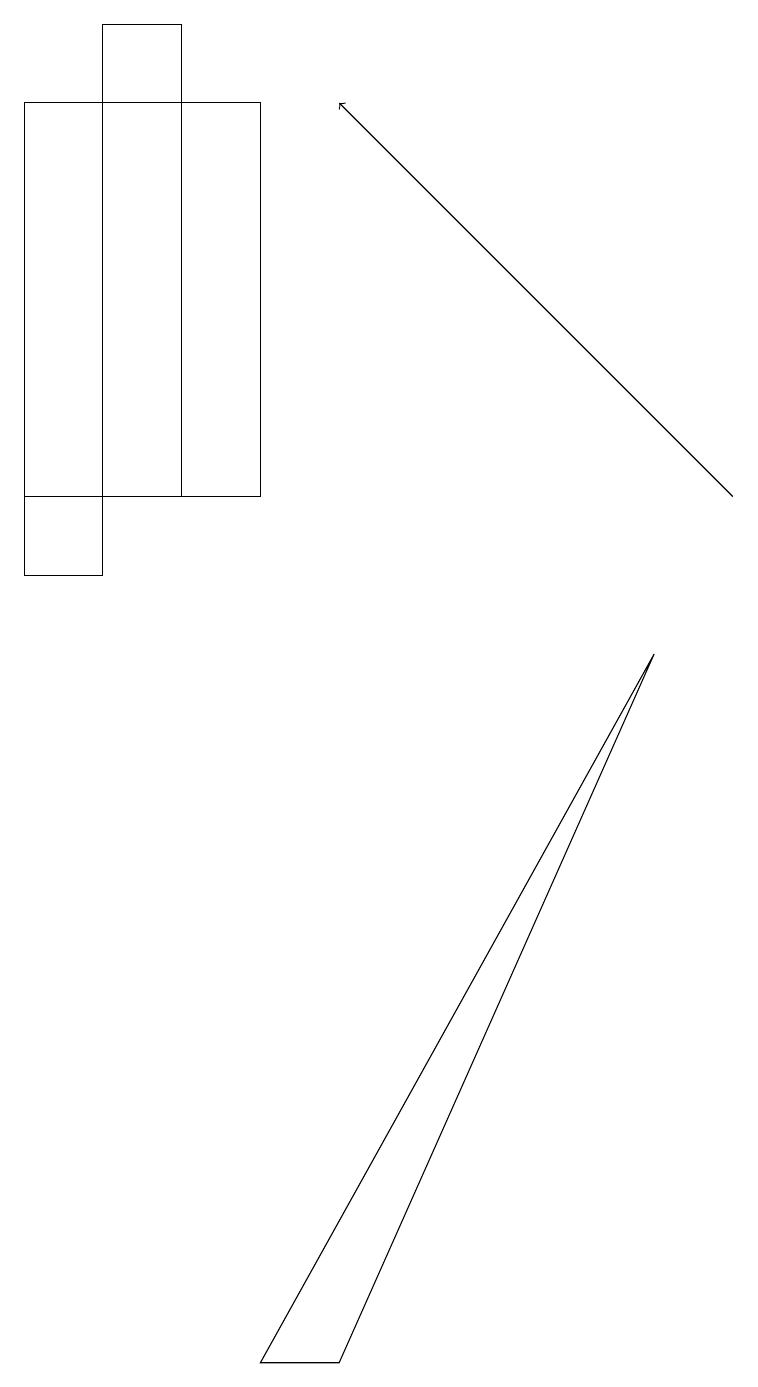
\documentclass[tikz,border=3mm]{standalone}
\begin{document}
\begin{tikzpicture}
\draw (2,17) rectangle (1,11);
\draw (1,11) rectangle (0,10);
\draw[->] (9,11) -- (4,16);
\draw (3,16) rectangle (0,11);
\draw (3,0) -- (8,9) -- (4,0) -- cycle;
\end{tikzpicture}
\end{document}